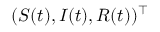
( S ( t ) , I ( t ) , R ( t ) ) ^ { \top }